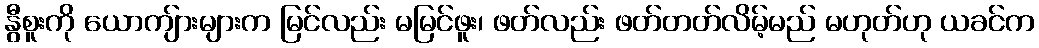
နွီစူးကို ယောကျ်ားများက မြင်လည်း မမြင်ဖူး၊ ဖတ်လည်း ဖတ်တတ်လိမ့်မည် မဟုတ်ဟု ယခင်က